Insane asylums Bombay 1873-77 - 1873-1877
Year: 1873
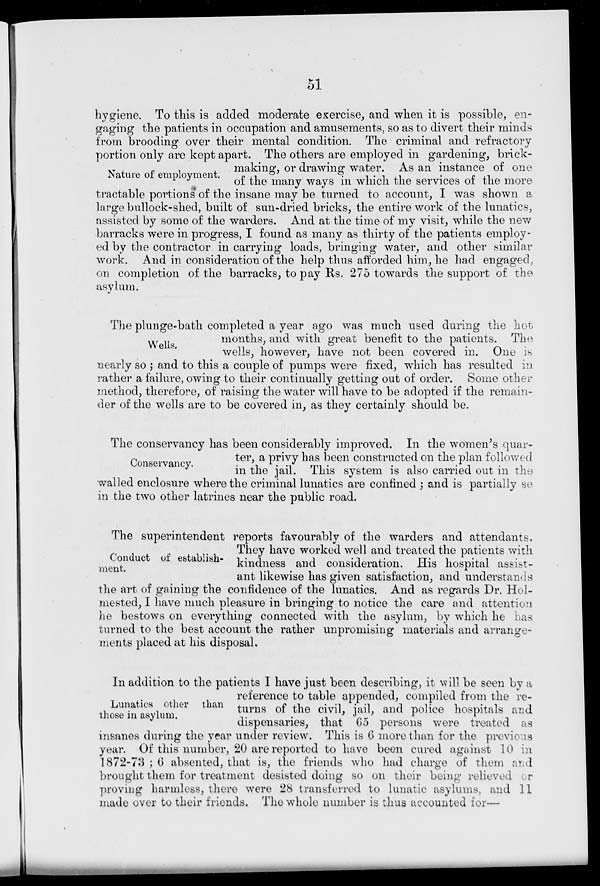
51
Nature of employment.
hygiene. To this is added moderate exercise, and when it is possible, en-
gaging the patients in occupation and amusements, so as to divert their minds
from brooding over their mental condition. The criminal and refractory
portion only are kept apart. The others are employed in gardening, brick-
making, or drawing water. As an instance of one
of the many ways in which the services of the more
tractable portions of the insane may be turned to account, I was shown a
large bullock-shed, built of sun-dried bricks, the entire work of the lunatics,
assisted by some of the warders. And at the time of my visit, while the new
barracks were in progress, I found as many as thirty of the patients employ-
ed by the contractor in carrying loads, bringing water, and other similar
work. And in consideration of the help thus afforded him, he had engaged,
on completion of the barracks, to pay Rs. 275 towards the support of the
asylum.
Wells.
The plunge-bath completed a year ago was much used during the hot
months, and with great benefit to the patients. The
wells, however, have not been covered in. One is
nearly so; and to this a couple of pumps were fixed, which has resulted in
rather a failure, owing to their continually getting out of order. Some other
method, therefore, of raising the water will have to be adopted if the remain-
der of the wells are to be covered in, as they certainly should be.
Conservancy.
The conservancy has been considerably improved. In the women's quar-
ter, a privy has been constructed on the plan followed.
in the jail. This system is also carried out in the
walled enclosure where the criminal lunatics are confined; and is partially so
in the two other latrines near the public road.
Conduct of establish-
ment.
The superintendent reports favourably of the warders and attendants.
They have worked well and treated the patients with
kindness and consideration. His hospital assist-
ant likewise has given satisfaction, and understands
the art of gaining the confidence of the lunatics. And as regards Dr. Hol-
mested, I have much pleasure in bringing to notice the care and attention
he bestows on everything connected with the asylum, by which he has
turned to the best account the rather unpromising materials and arrange-
ments placed at his disposal.
Lunatics other than
those in asylum.
In addition to the patients I have just been describing, it will be seen by a
reference to table appended, compiled from the re-
turns of the civil, jail, and police hospitals and
dispensaries, that 65 persons were treated as
insanes during the year under review. This is 6 more than for the previous
year. Of this number, 20 are reported to have been cured against 10 in
1872-73 ; 6 absented, that is, the friends who had charge of them and
brought them for treatment desisted doing so on their being relieved or
proving harmless, there were 28 transferred to lunatic asylums, and 11
made over to their friends. The whole number is thus accounted for—